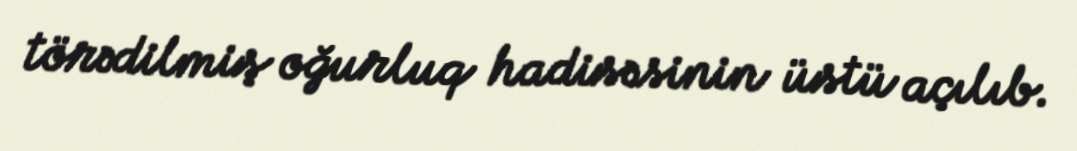
törədilmiş oğurluq hadisəsinin üstü açılıb.